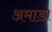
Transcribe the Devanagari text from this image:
अमाडा